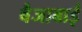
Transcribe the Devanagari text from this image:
बैजाबाई